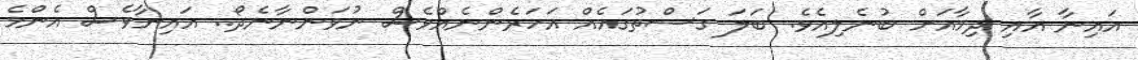
އައިނާ އާއި ދިމާއަށް ބުނެލިއެވެ. ބަލަ ގަސްތުގައެއް އަހަރެންނެއްވެސް ނުވަންނާނެދޯ.. އައިނާވެސް އެންމެ